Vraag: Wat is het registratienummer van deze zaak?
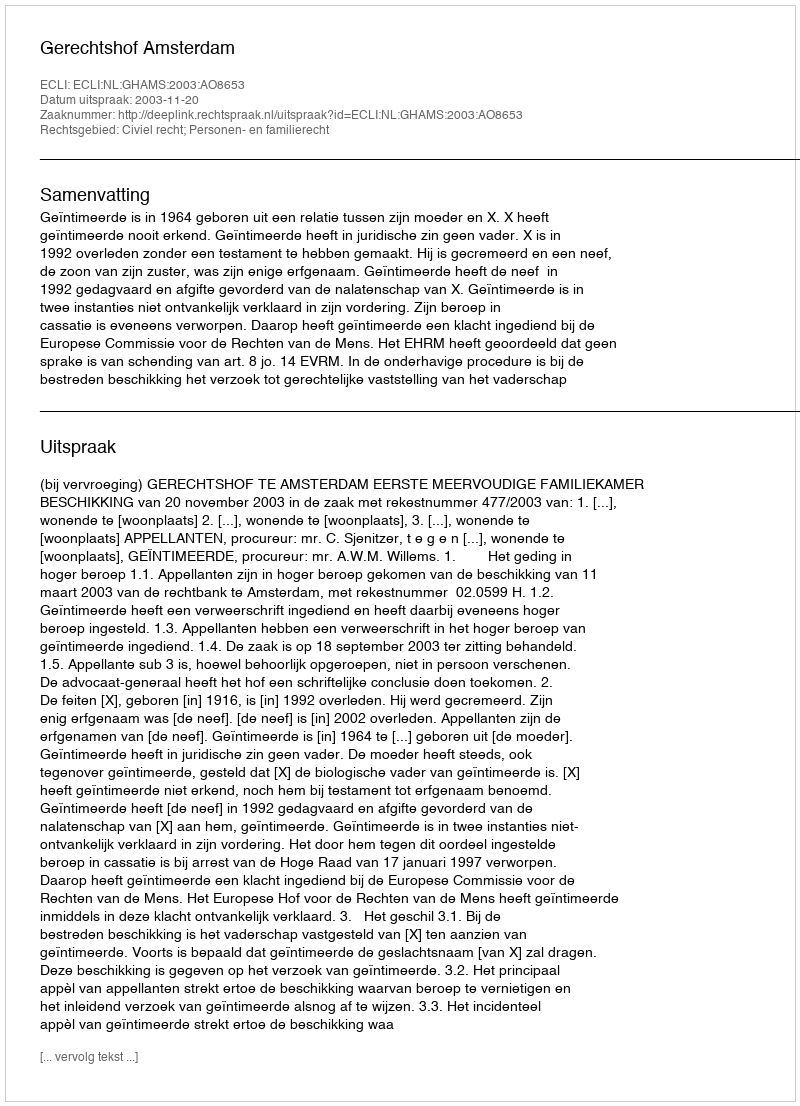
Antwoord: http://deeplink.rechtspraak.nl/uitspraak?id=ECLI:NL:GHAMS:2003:AO8653